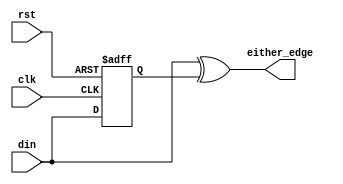
module either_ed_det (clk,
                      rst,
                      din,
                      either_edge
                     );
  
  input clk, rst, din;
  output  either_edge; 
  
  reg dout;
  
  always @ (posedge clk or posedge rst)
    begin
      if (rst)
        begin
          dout <= 'h0;
        end
      else
        begin
          dout <= din;
        end
    end
  
  assign either_edge  = ( din ^ dout );
  
endmodule